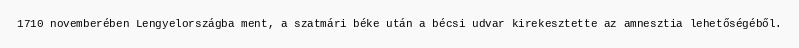
1710 novemberében Lengyelországba ment, a szatmári béke után a bécsi udvar kirekesztette az amnesztia lehetőségéből.